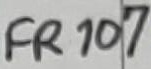
Text: FR107